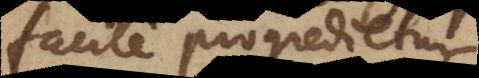
facile progredietur,